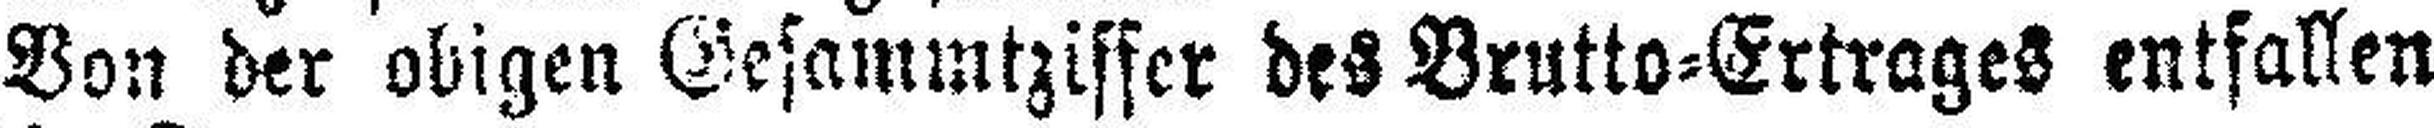
Von der obigen Gesammtziffer des Brutto=Ertrages entfallen